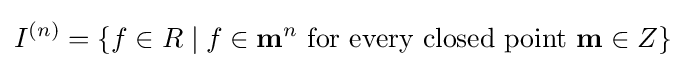
I^{(n)}=\{f\in R\mid f\in \mathbf {m} ^{n}{\text{ for every closed point }}\mathbf {m} \in Z\}